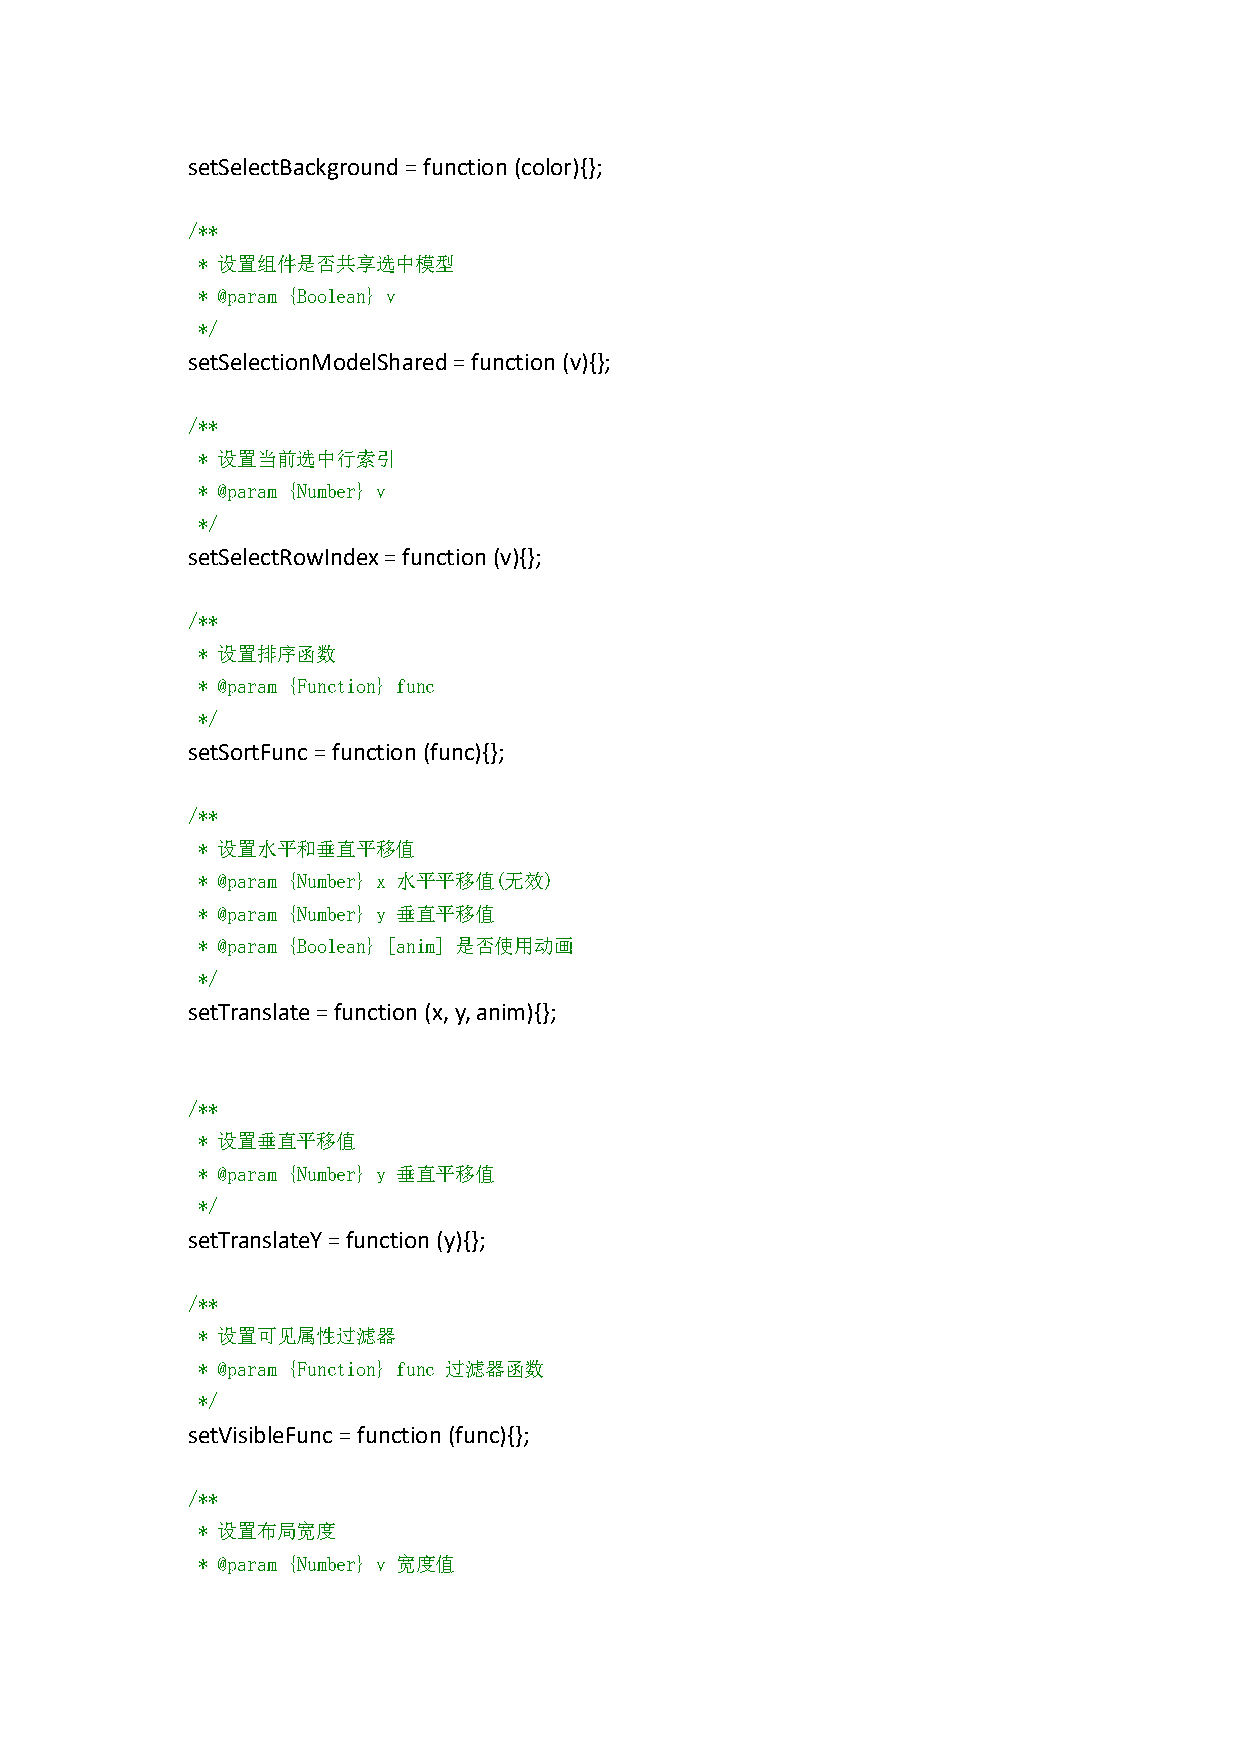
setSelectBackground=function(color){};
 /**
 * 设置组件是否共享选中模型
 * @param {Boolean} v
 */
 setSelectionModelShared=function (v){};
 /**
 * 设置当前选中行索引
 * @param {Number} v
 */
 setSelectRowIndex=function(v){};
 /**
 * 设置排序函数
 * @param {Function} func
 */
 setSortFunc=function(func){};
 /**
 * 设置水平和垂直平移值
 * @param {Number} x 水平平移值(无效)
 * @param {Number} y 垂直平移值
 * @param {Boolean} [anim] 是否使用动画
 */
 setTranslate=function(x,y,anim){};
 /**
 * 设置垂直平移值
 * @param {Number} y 垂直平移值
 */
 setTranslateY=function(y){};
 /**
 * 设置可见属性过滤器
 * @param {Function} func 过滤器函数
 */
 setVisibleFunc=function(func){};
 /**
 * 设置布局宽度
 * @param {Number} v 宽度值